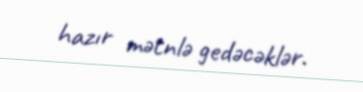
hazır mətnlə gedəcəklər.